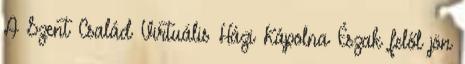
A Szent Család Virtuális Házi Kápolna Észak felől jön